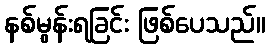
နစ်မွန်းရခြင်း ဖြစ်ပေသည်။